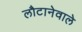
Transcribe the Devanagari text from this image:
लौटानेवाले